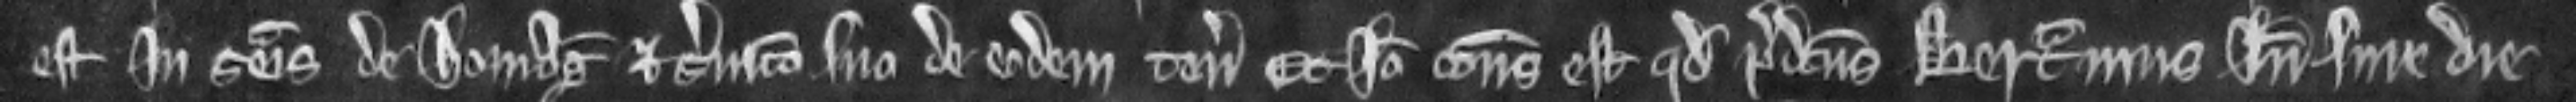
est in seisina de homagio et servicio suo de eodem tenemento Et Ideo consideratum est quod predictus Bertramus inde sine die